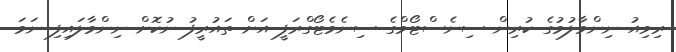
ރިވިއު ނިންމާލުމުގެ ކުރިން ސިނެސްޓޯމްގެ ސިނެމެޓޯގްރަފީ އަށް ތައުރީފު ނުކޮށް ނިންމާލައިފި ނަމަ